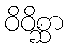
ဝိဝိစ္ဆာ